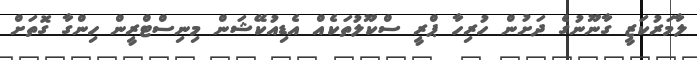
ލާމަރުކަޒީ ގާނޫނުގެ ދަށުން ހުރިހާ ޕްރީ ސްކޫލުތަކެއް އެޑިއުކޭޝަން މިނިސްޓްރީން ހިންގާ ގޮތަށް